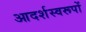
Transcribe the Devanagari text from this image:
आदर्शस्वरूपों